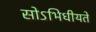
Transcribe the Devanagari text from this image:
सोऽभिधीयते